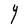
Character: Y